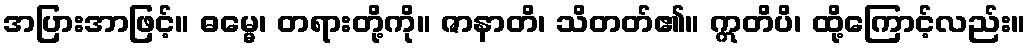
အပြားအာဖြင့်။ ဓမ္မေ၊ တရားတို့ကို။ ဇာနာတိ၊ သိတတ်၏။ ဣတိပိ၊ ထို့ကြောင့်လည်း။